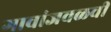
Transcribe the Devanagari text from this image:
गावांजवळची